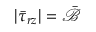
| \bar { \tau } _ { r z } | = \bar { \mathcal { B } }